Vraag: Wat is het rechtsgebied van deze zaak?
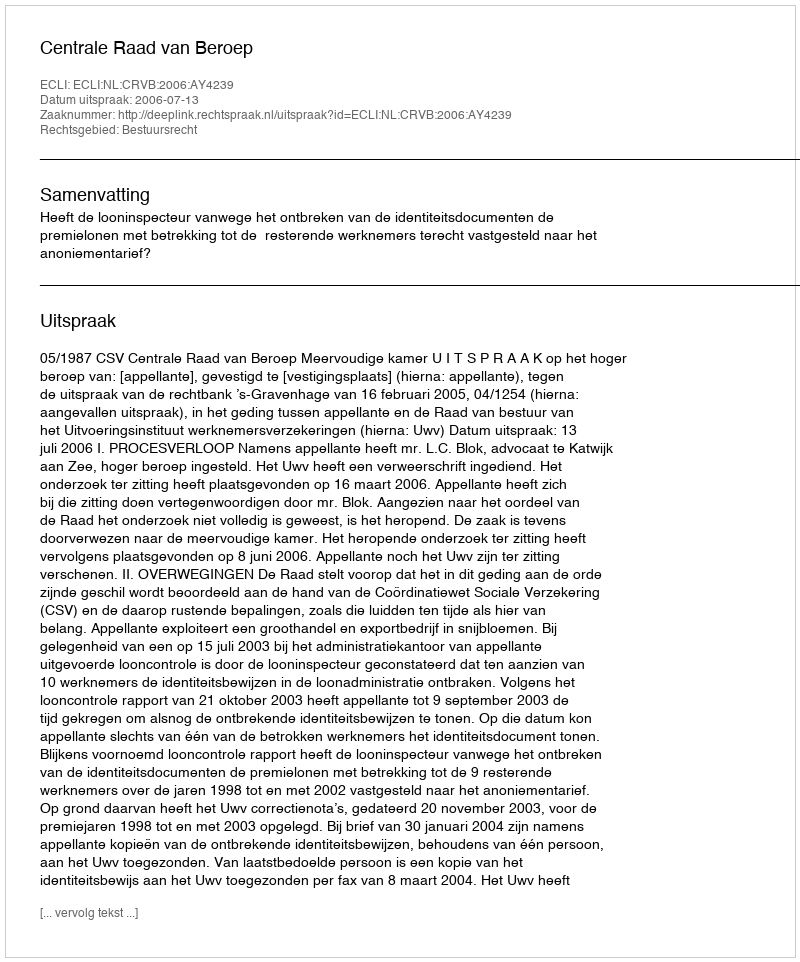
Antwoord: Bestuursrecht